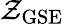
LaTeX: \mathcal{Z}_{\mathrm{{GSE}}}